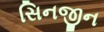
સિનજીન